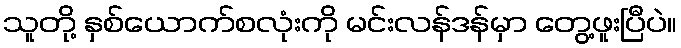
သူတို့ နှစ်ယောက်စလုံးကို မင်းလန်ဒန်မှာ တွေ့ဖူးပြီပဲ။